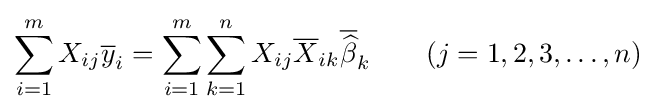
\sum _{i=1}^{m}X_{ij}{\overline {y}}_{i}=\sum _{i=1}^{m}\sum _{k=1}^{n}X_{ij}{\overline {X}}_{ik}{\overline {\widehat {\beta }}}_{k}\qquad (j=1,2,3,\ldots ,n)